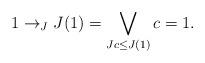
LaTeX: \begin{align*}1 \to_J J(1)=\bigvee_{Jc \leq J(1)} c=1.\end{align*}